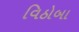
વિઠોબા